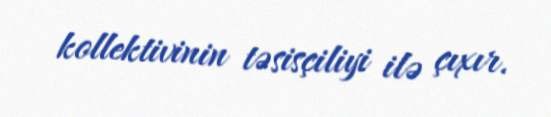
kollektivinin təsisçiliyi ilə çıxır.